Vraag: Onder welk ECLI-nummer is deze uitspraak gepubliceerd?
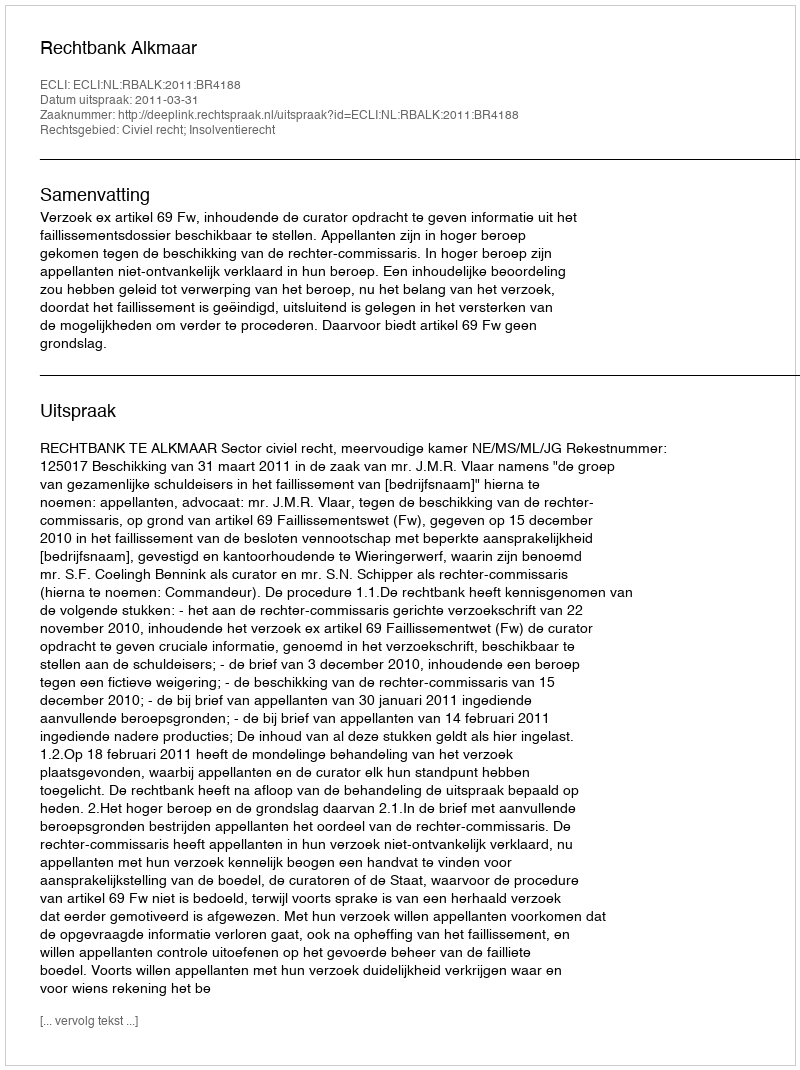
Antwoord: ECLI:NL:RBALK:2011:BR4188